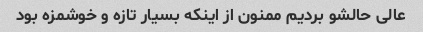
عالی حالشو بردیم ممنون از اینکه بسیار تازه و خوشمزه بود